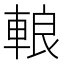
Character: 䡙